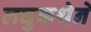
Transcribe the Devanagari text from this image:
लघुकथेने